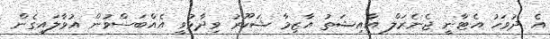
އެ ދުވަހު އެޓާނީ ޖެނެރަލް އާއިޝަތު އާޒިމާ ޝަކޫރު ވިދާޅުވީ އެއްބަސްވުން އުވާލައިގެން